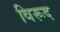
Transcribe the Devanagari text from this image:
विरूद